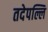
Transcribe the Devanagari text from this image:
तदेपल्लि